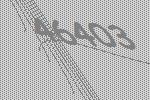
46403